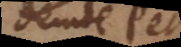
Deinde P et